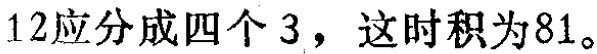
$12应分成四个3，这时积为81。$